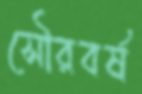
সৌরবর্ষ